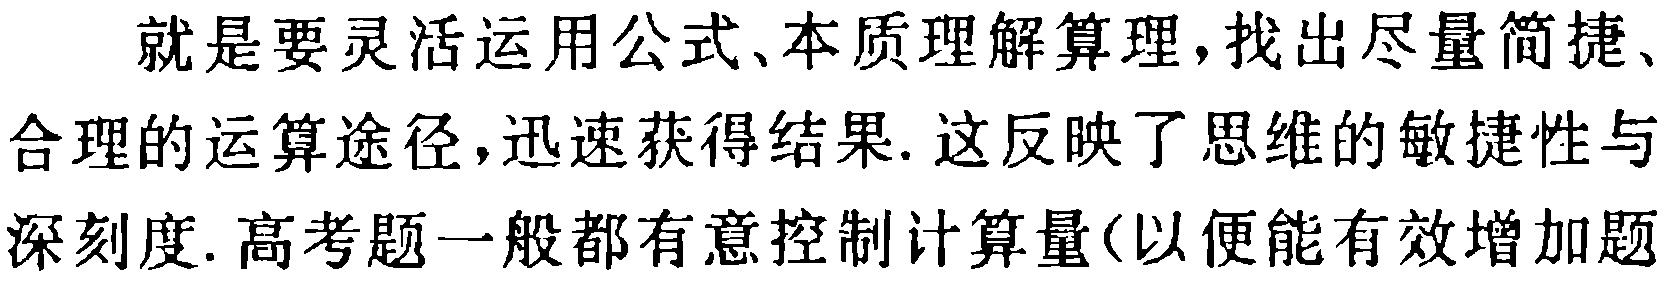
就是要灵活运用公式、本质理解算理,找出尽量简捷、合理的运算途径,迅速获得结果. 这反映了思维的敏捷性与深刻度. 高考题一般都有意控制计算量(以便能有效增加题